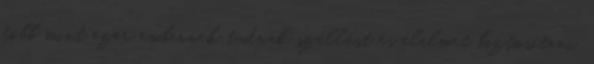
több mint ezer embernek tudnak szállást és élelmet biztosítani.